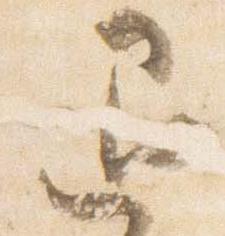
退